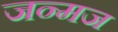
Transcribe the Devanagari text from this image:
जन्मज